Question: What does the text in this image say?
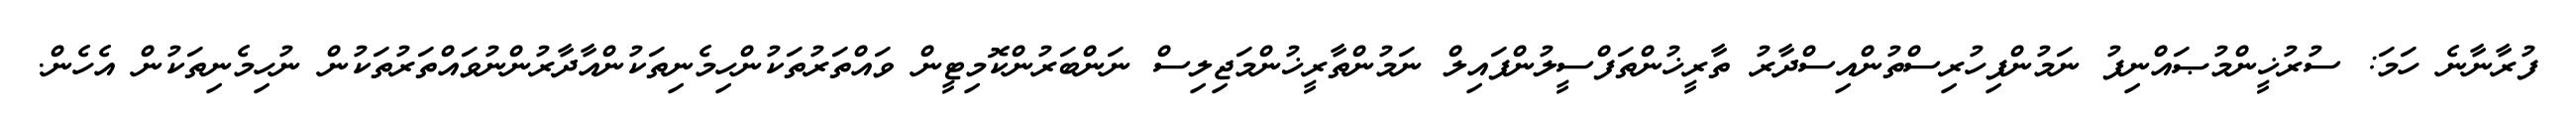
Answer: ފުރާނާނެ ހަމަ: ސުރުޚީންމުޞައްނިފު ނަމުންފިހުރިސްތުންއިސްދާރު ތާރީޚުންތަފްސީލުންފައިލް ނަމުންތާރީޚުންމަޖިލިސް ނަންބަރުންކޮމިޓީން ވައްތަރުތަކުންހިމެނިތަކުންއާދާރުންނުވައްތަރުތަކުން ނުހިމެނިތަކުން އެހެން.